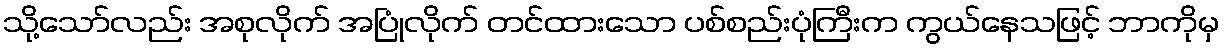
သို့သော်လည်း အစုလိုက် အပြုံလိုက် တင်ထားသော ပစ်စည်းပုံကြီးက ကွယ်နေသဖြင့် ဘာကိုမှ